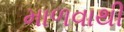
માળવાથી